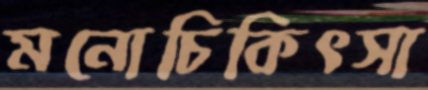
মনোচিকিৎসা